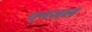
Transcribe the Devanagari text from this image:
एनजल